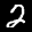
Label: 2